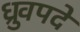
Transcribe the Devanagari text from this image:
ध्रुवपदे